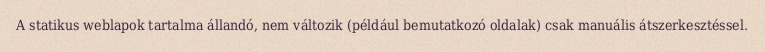
A statikus weblapok tartalma állandó, nem változik (például bemutatkozó oldalak) csak manuális átszerkesztéssel.